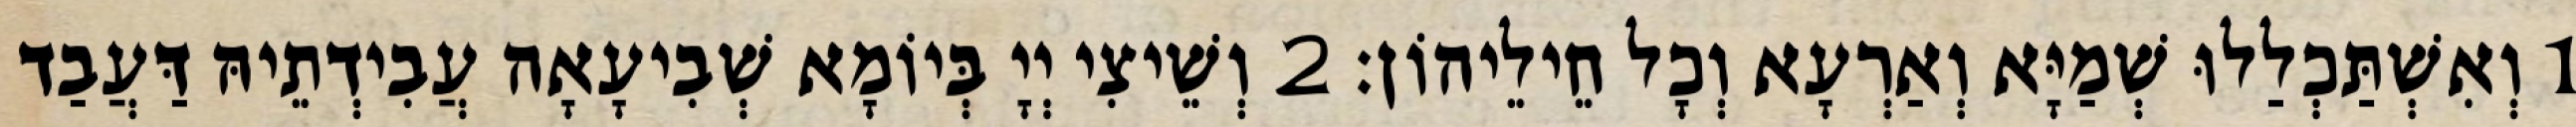
1 וְאִשְׁתַּכְלַלוּ שְׁמַיָּא וְאַרְעָא וְכָל חֵילֵיהוֹן׃ 2 וְשֵׁיצִי יְיָ בְּיוֹמָא שְׁבִיעָאָה עֲבִידְתֵיהּ דַּעֲבַד